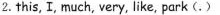
2.this, I, much, very, like, park (. )